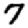
Digit: 7